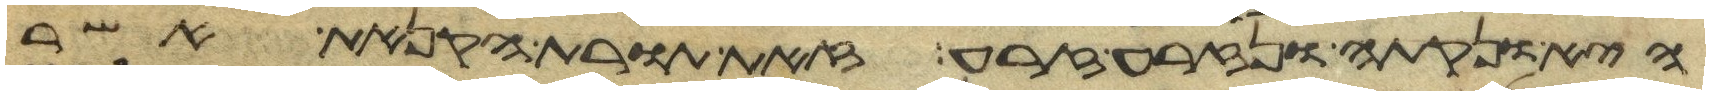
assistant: היא ונקתה ונזרעה זרע זאת תורת הקנאת אשר